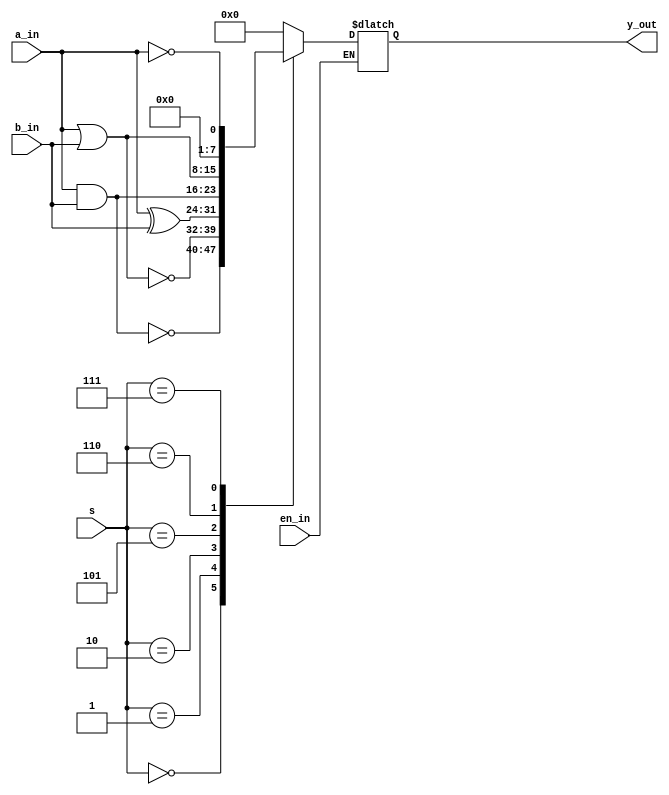
module logical ( output reg [7:0]y_out,
                 input [7:0]a_in,b_in,
                 input en_in,
                 input [2:0]s);
             always@(*)
               begin
		 if(!en_in)
			begin
  		
                 case(s)
                 3'b000: y_out = (~(a_in& b_in));
                 3'b001: y_out = (~(a_in|b_in));
                 3'b010: y_out =  (a_in^b_in);
                 3'b101: y_out  = (a_in&b_in);
                 3'b110: y_out = (a_in|b_in);
                 3'b111: y_out = ( !a_in);
                 default: y_out = 8'b00000000; 
                 endcase
end
                    /*if(s===3'b000) begin
                        y_out = ~(a_in& b_in); end
 else if(s == 3'b001) begin
 y_out = ~(a_in|b_in); end
 else if(s ==3'b010)begin
 y_out =  (a_in^b_in); end
else if (s == 3'b101) begin
y_out = (a_in&b_in); end
else if (s ==3'b110) begin
y_out = (a_in|b_in); end
else if (s == 3'b111) begin
 y_out = ( !a_in); end
else y_out =8'b00000000;
else y_out = 8'b00000000;*/  end
endmodule